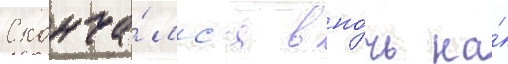
Сконча́лс'я в но́чь на́